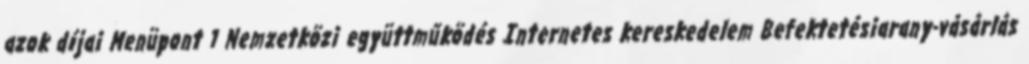
azok díjai Menüpont 1 Nemzetközi együttműködés Internetes kereskedelem Befektetésiarany-vásárlás